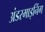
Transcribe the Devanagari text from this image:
अंडरमाइनिंग